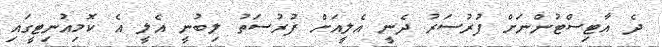
ދެ އާޓިސްޓުންނަށް ފުރުސަރު ދެނީ އެލީއަށް ފުރުސަތު ލިބުނީ އެލީ އެ ކޮމިއުނިޓީގައި